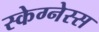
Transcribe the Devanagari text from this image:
स्केग्नेस्स